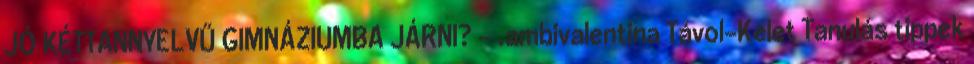
JÓ KÉTTANNYELVŰ GIMNÁZIUMBA JÁRNI? - .ambivalentina Távol-Kelet Tanulás tippek